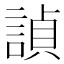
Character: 𬢵